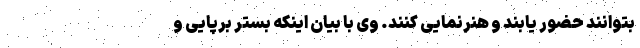
بتوانند حضور یابند و هنرنمایی کنند. وی با بیان اینکه بستر برپایی و